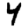
Digit: 4